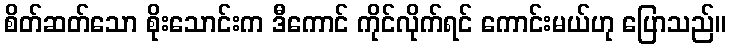
စိတ်ဆတ်သော စိုးသောင်းက ဒီကောင် ကိုင်လိုက်ရင် ကောင်းမယ်ဟု ပြောသည်။